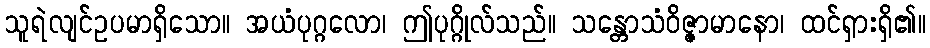
သူရဲလျင်ဥပမာရှိသော။ အယံပုဂ္ဂလော၊ ဤပုဂ္ဂိုလ်သည်။ သန္တောသံဝိဇ္ဇာမာနော၊ ထင်ရှားရှိ၏။